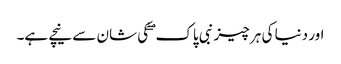
اور دنیا کی ہر چیز نبی پاک ۖ کی شان سے نیچے ہے۔